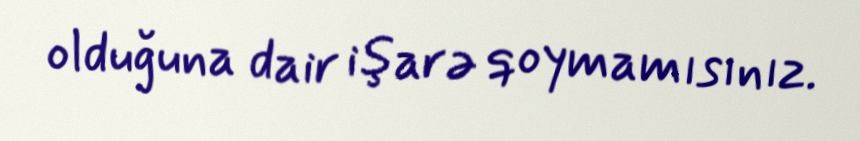
olduğuna dair işarə qoymamısınız.